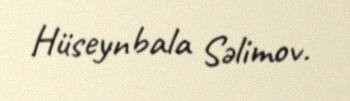
Hüseynbala Səlimov.